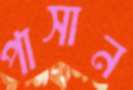
পাসান